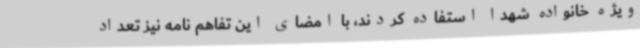
ویژه خانواده شهدا استفاده کردند، با امضای این تفاهم نامه نیز تعداد